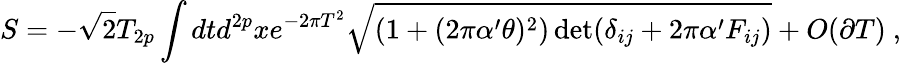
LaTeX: S=-\sqrt{2}T_{2p}\int dtd^{2p}xe^{-2\pi T^{2}}\sqrt{(1+(2\pi\alpha^{\prime}\theta)^{2})\operatorname*{det}(\delta_{ij}+2\pi\alpha^{\prime}F_{ij})}+O(\partial T)\ ,